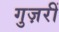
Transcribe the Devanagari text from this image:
गुज़रीं